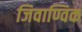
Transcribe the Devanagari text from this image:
जिवाण्विक